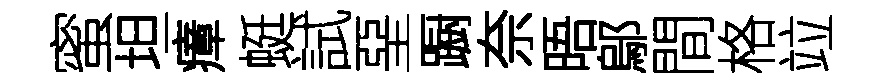
蜜坦瘴蜓試堊蹰奈晤鄔間格竝